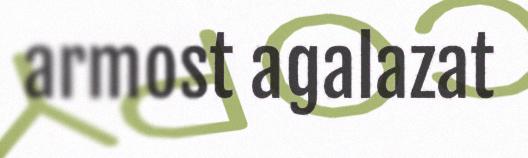
armost agalazat